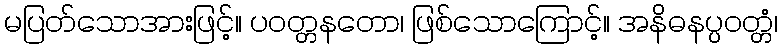
မပြတ်သောအားဖြင့်။ ပဝတ္တနတော၊ ဖြစ်သောကြောင့်။ အနိဓနပ္ပဝတ္တံ၊